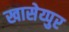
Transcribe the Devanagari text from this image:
खासेय्पुर